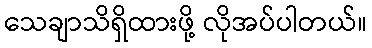
သေချာသိရှိထားဖို့ လိုအပ်ပါတယ်။